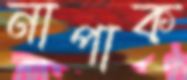
নাপাক